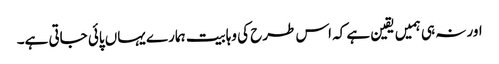
اور نہ ہی ہمیں یقین ہے کہ اس طرح کی وہابیت ہمارے یہاں پائی جاتی ہے۔